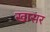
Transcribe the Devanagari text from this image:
खासर